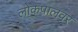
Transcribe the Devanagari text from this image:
लोकपालवर